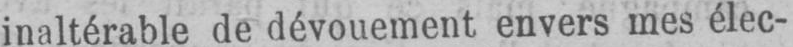
inaltérable de dévouement envers mes élec-